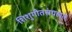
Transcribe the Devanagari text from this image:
शिशुगीतसंग्रहात